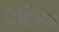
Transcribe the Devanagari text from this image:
सायंदैनिकात